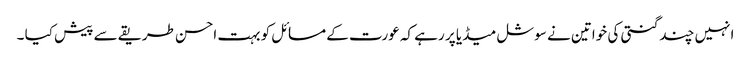
انہیں چند گنتی کی خواتین نے سوشل میڈیا پر رہے کہ عورت کے مسائل کو بہت احسن طریقے سے پیش کیا ۔